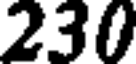
230